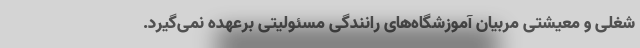
شغلی و معیشتی مربیان آموزشگاه‌های رانندگی مسئولیتی برعهده نمی‌گیرد.